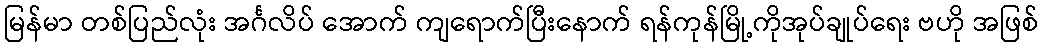
မြန်မာ တစ်ပြည်လုံး အင်္ဂလိပ် အောက် ကျရောက်ပြီးနောက် ရန်ကုန်မြို့ကိုအုပ်ချုပ်ရေး ဗဟို အဖြစ်